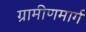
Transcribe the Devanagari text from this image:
ग्रामीणमार्ग